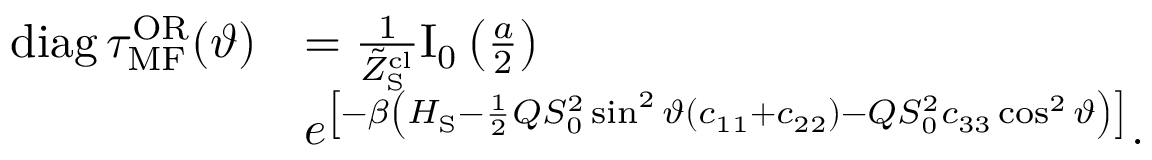
\begin{array} { r l } { \mathrm { d i a g } \, \tau _ { \mathrm { M F } } ^ { \mathrm { O R } } ( \vartheta ) } & { = \frac { 1 } { \tilde { Z } _ { \mathrm { S } } ^ { \mathrm { c l } } } \mathrm { I } _ { 0 } \left( \frac { a } { 2 } \right) } \\ & { e ^ { \left[ - \beta \left( H _ { \mathrm { S } } - \frac { 1 } { 2 } Q S _ { 0 } ^ { 2 } \sin ^ { 2 } \vartheta ( c _ { 1 1 } + c _ { 2 2 } ) - Q S _ { 0 } ^ { 2 } c _ { 3 3 } \cos ^ { 2 } \vartheta \right) \right] } . } \end{array}